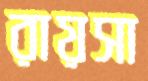
রায়সা